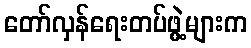
တော်လှန်ရေးတပ်ဖွဲ့များက